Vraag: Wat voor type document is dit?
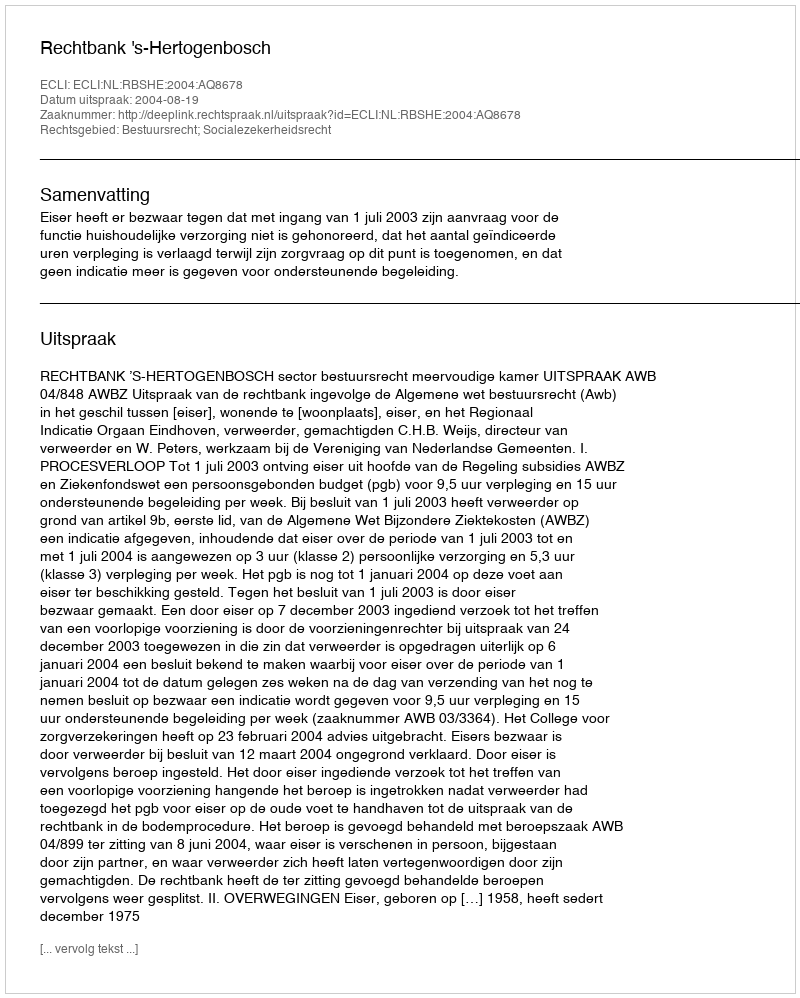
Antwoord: Uitspraak